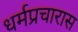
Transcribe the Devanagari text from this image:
धर्मप्रचारास